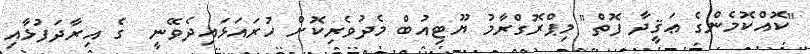
"ކޮއްކޮމެންގެ ޢަޤީދާ ފޮތް" މިޕްރޮގްރާމު ޔޫޓިއުބް މެދުވެރިކޮށް ހުރައަޅައިދެވޭނީ  ގެ އިރާދަފުޅާއި